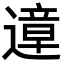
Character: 遧